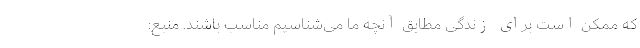
که ممکن است برای زندگی مطابق آنچه ما می‌شناسیم مناسب باشند. منبع: